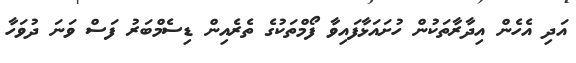
އަދި އެހެން އިދާރާތަކުން ހުށައަޅާފައިވާ ފޯމްތަކުގެ ތެރެއިން ޑިސެމްބަރު ފަސް ވަނަ ދުވަހާ